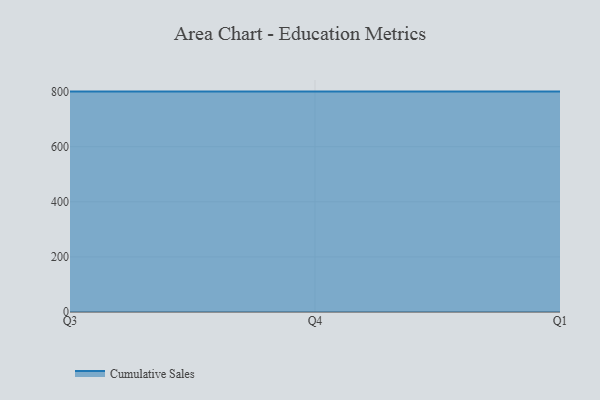
{"axis": {"x": "Quarter", "y": "Gross Profit (USD K)"}, "legend": ["Cumulative Sales"], "data": [{"x": "Q3", "y": 800, "type": "Cumulative Sales"}, {"x": "Q4", "y": 800, "type": "Cumulative Sales"}, {"x": "Q1", "y": 800, "type": "Cumulative Sales"}]}